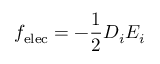
f _ { \mathrm { e l e c } } = - { \frac { 1 } { 2 } } D _ { i } E _ { i }